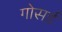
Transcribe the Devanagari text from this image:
गोसर्ड